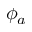
\phi _ { a }